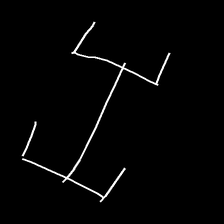
Glyph: entwine